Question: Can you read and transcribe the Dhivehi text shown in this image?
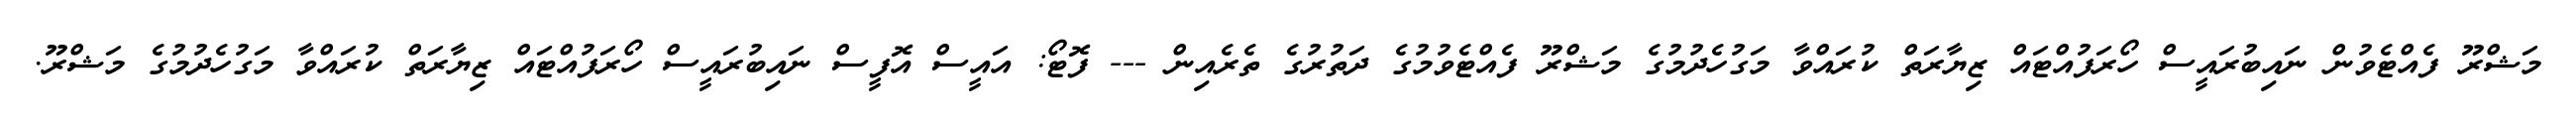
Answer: މަޝްރޫ ފެއްޓެވުން ނައިބުރައީސް ހޯރަފުއްޓައް ޒިޔާރަތް ކުރައްވާ މަގުހެދުމުގެ މަޝްރޫ ފެއްޓެވުމުގެ ދަތުރުގެ ތެރެއިން --- ފޮޓޯ: އައީސް އޮފީސް ނައިބުރައީސް ހޯރަފުއްޓައް ޒިޔާރަތް ކުރައްވާ މަގުހެދުމުގެ މަޝްރޫ.